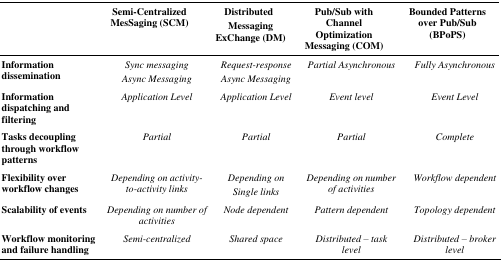
|  | Semi-Centralized MesSaging (SCM) | Distributed Messaging ExChange (DM) | Pub/Sub with Channel Optimization Messaging (COM) | Bounded Patterns over Pub/Sub (BPoPS) |
 | --- | --- | --- | --- | --- |
 | Information dissemination | Sync messaging Async Messaging | Request-response Async Messaging | Partial Asynchronous | Fully Asynchronous |
 | Information dispatching and filtering | Application Level | Application Level | Event level | Event Level |
 | Tasks decoupling through workflow patterns | Partial | Partial | Partial | Complete |
 | Flexibility over workflow changes | Depending on activity-to-activity links | Depending on Single links | Depending on number of activities | Workflow dependent |
 | Scalability of events | Depending on number of activities | Node dependent | Pattern dependent | Topology dependent |
 | Workflow monitoring and failure handling | Semi-centralized | Shared space | Distributed – task level | Distributed – broker level |